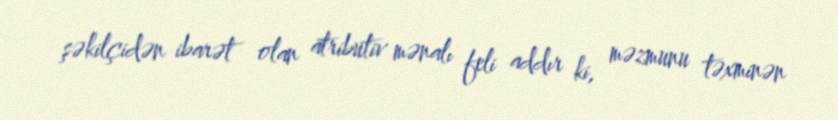
şəkilçidən ibarət olan atributiv mənalı feli addır ki, məzmunu təxminən